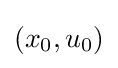
(x_{0},u_{0})